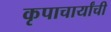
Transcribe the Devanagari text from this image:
कृपाचार्यांची